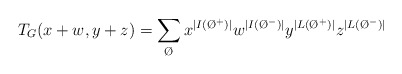
\begin{align*} T_G(x+w,y+z) = \sum_{\O} x^{| I(\O^{+})|} w^{|I(\O^{-})|} y^{|L(\O^{+})|} z^{|L(\O^{-})|}\end{align*}